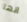
انها